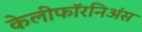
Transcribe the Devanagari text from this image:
केलीफॉरनिअंस